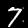
Label: 7